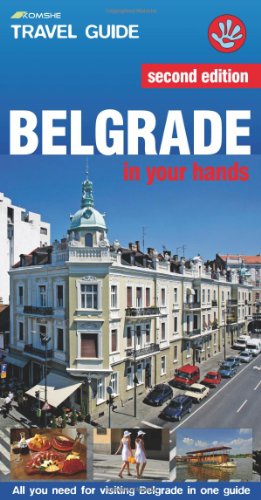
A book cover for Belgrade in Your Hands: All You Need for Visiting Belgrade in One Guide; Vladimir Dulovic; Travel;